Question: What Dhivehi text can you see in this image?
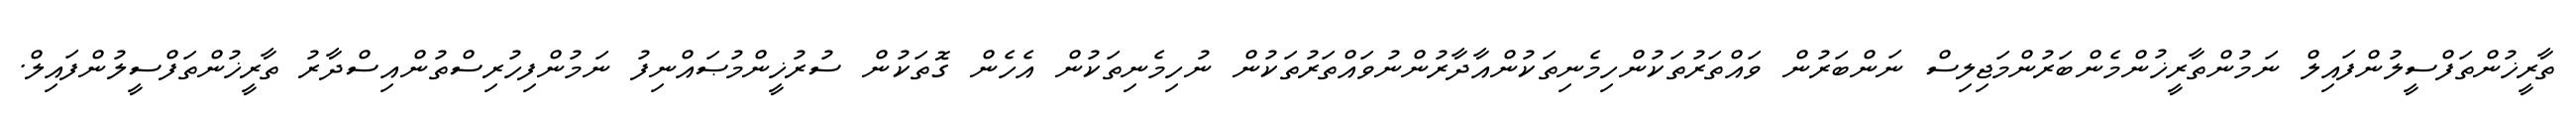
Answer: ތާރީޚުންތަފްސީލުންފައިލް ނަމުންތާރީޚުންމެންބަރުންމަޖިލިސް ނަންބަރުން ވައްތަރުތަކުންހިމެނިތަކުންއާދާރުންނުވައްތަރުތަކުން ނުހިމެނިތަކުން އެހެން ގޮތަކުން ސުރުޚީންމުޞައްނިފު ނަމުންފިހުރިސްތުންއިސްދާރު ތާރީޚުންތަފްސީލުންފައިލް.